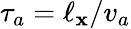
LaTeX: \tau_{a}=\ell_{\mathbf{x}}/v_{a}